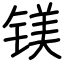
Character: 镁